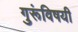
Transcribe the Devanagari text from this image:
गुरूंविषयी